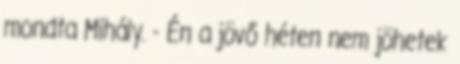
mondta Mihály. - Én a jövő héten nem jöhetek